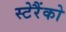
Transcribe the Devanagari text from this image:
स्टेरैंको